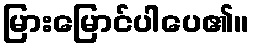
မြားမြောင်ပါပေ၏။